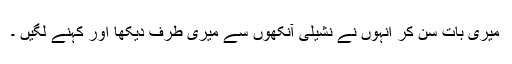
میری بات سن کر انہوں نے نشیلی آنکھوں سے میری طرف دیکھا اور کہنے لگیں ۔